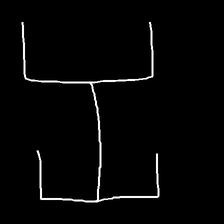
Glyph: entwine